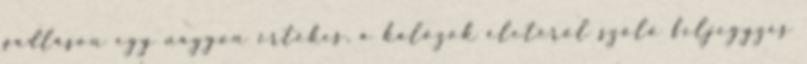
padláson egy nagyon értékes, a kalózok életéről szóló feljegyzés